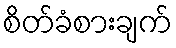
စိတ်ခံစားချက်